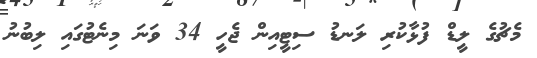
މެޗުގެ ލީޑް ފުޅާކުރި ލަނޑު ސިޓީއިން ޖެހީ 34 ވަނަ މިނެޓުގައި ލިބުނު